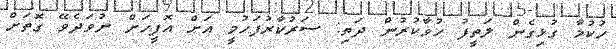
ހުކުމާ ގުޅިގެން ލަތީފު ހުވާކުރުން ދަތި: ސަރުކާރުފަހުމީ އަށް އޮފީހަށް ނުވަދެވޭ ގޮތަށް